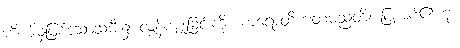
ကိုယ်မှဖြစ်သောသမီး၌ လွန်ကျူးခြင်းကို။ ကရောတိကတံမညတိ၊ ပြုအပ်၏ဟု